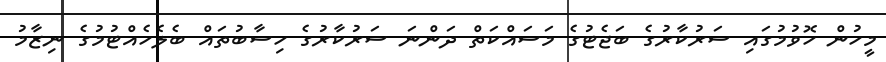
މީހުން ހޮވުމުގައި ސަރުކާރުގެ ބަޖެޓުގެ މަސައްކަތް ދަންނަ ސަރުކާރުގެ ހިސާބުތައް ބެލެހެއްޓުމުގެ ނިޒާމު